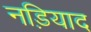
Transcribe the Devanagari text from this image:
नड़ियाद